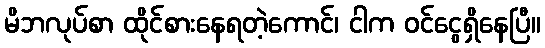
မိဘလုပ်စာ ထိုင်စားနေရတဲ့ကောင်၊ ငါက ဝင်ငွေရှိနေပြီ။